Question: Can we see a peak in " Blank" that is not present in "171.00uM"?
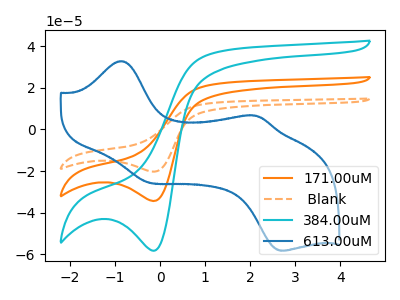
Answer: <think>The orange curve "171.00uM" has a cathodic peak at: (-0.15V, -34.40uA). The orange dashed curve " Blank" has a cathodic peak at: (-0.15V, -68.80uA). The cyan curve "384.00uM" has a cathodic peak at: (-0.15V, -58.30uA). The blue curve "613.00uM" has anodic peaks at (-0.85V, 32.80uA) (2.15V, 6.55uA) and cathodic peaks at (-0.20V, -25.65uA) (2.75V, -58.25uA).
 All the peaks in " Blank" have a peak in "171.00uM" at the same potential. Every peak in " Blank" is higher than every peak in "171.00uM".</think>
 <answer>No, " Blank" and "171.00uM" don't appear to be significantly different in shape</answer>
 <eval>no_change</eval>